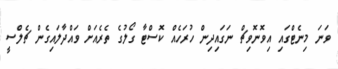
ވަނަ މިނެޓްގައި އިވޮނޮވިޗް ނަގައިދިން ހުރަހެއް ކޮސްޓާ ގޯލުގެ ތެރެއަށް ވައްދާލައިގެން ޗެލްސީ